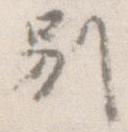
別